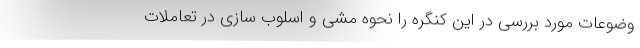
وضوعات مورد بررسی در این کنگره را نحوه مشی و اسلوب سازی در تعاملات